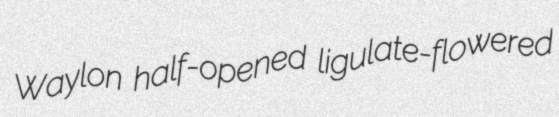
Waylon half-opened ligulate-flowered